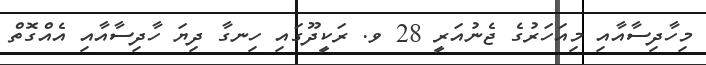
މިހާދިސާއާއި މިއަހަރުގެ ޖެނުއަރީ 28 ވ. ރަކީދޫގައި ހިނގާ ދިޔަ ހާދިސާއާއި އެއްގޮތް